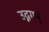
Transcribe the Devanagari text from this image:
उद्गगम्